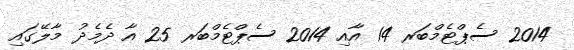
2014 ސެޕްޓެމްބަރ 14 އާއި 2014 ސެޕްޓެމްބަރ 25 އާ ދެމެދު މާލޭގައި